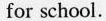
for school.